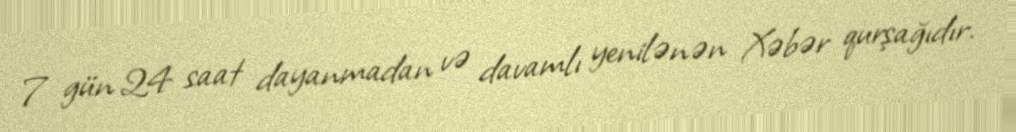
7 gün 24 saat dayanmadan və davamlı yenilənən Xəbər qurşağıdır.